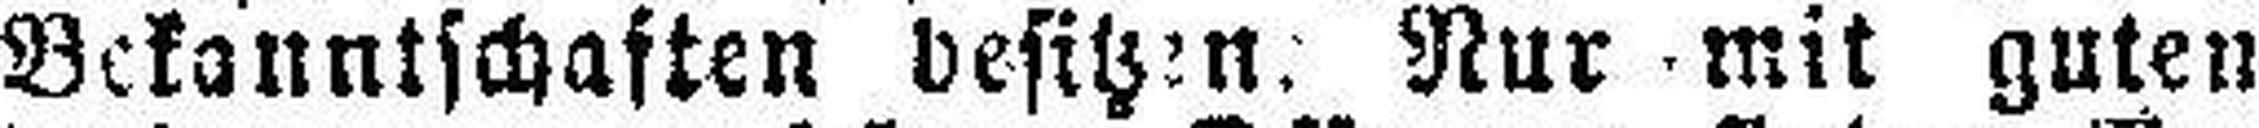
Bekanntschaften besitzen. Nur mit guten